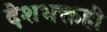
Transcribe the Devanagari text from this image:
देशभक्तही